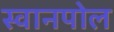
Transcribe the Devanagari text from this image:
स्वानपोल